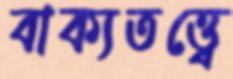
বাক্যতত্ত্বে